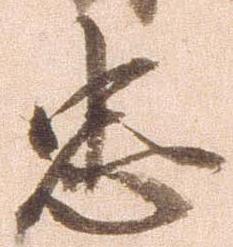
忠